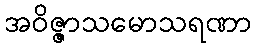
အဝိဇ္ဇာသမောသရဏာ